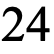
24